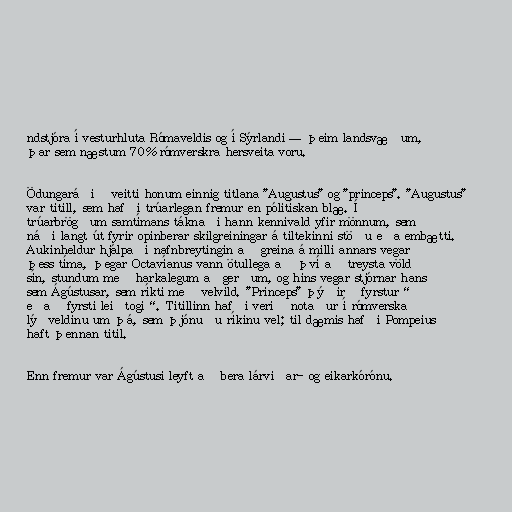
ndstjóra í vesturhluta Rómaveldis og í Sýrlandi — þeim landsvæðum,
þar sem næstum 70% rómverskra hersveita voru.

Ödungaráðið veitti honum einnig titlana "Augustus" og "princeps". "Augustus"
var titill, sem hafði trúarlegan fremur en pólitískan blæ. Í
trúarbrögðum samtímans táknaði hann kennivald yfir mönnum, sem
náði langt út fyrir opinberar skilgreiningar á tiltekinni stöðu eða embætti.
Aukinheldur hjálpaði nafnbreytingin að greina á milli annars vegar
þess tíma, þegar Octavíanus vann ötullega að því að treysta völd
sín, stundum með harkalegum aðgerðum, og hins vegar stjórnar hans
sem Ágústusar, sem ríkti með velvild. "Princeps" þýðir „fyrstur“
eða „fyrsti leiðtogi“. Titillinn hafði verið notaður í rómverska
lýðveldinu um þá, sem þjónuðu ríkinu vel; til dæmis hafði Pompeius
haft þennan titil.

Enn fremur var Ágústusi leyft að bera lárviðar- og eikarkórónu.